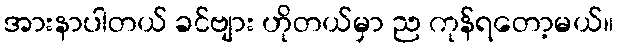
အားနာပါတယ် ခင်ဗျား ဟိုတယ်မှာ ည ကုန်ရတော့မယ်။